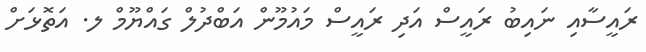
ރައީސާއި ނައިބު ރައީސް އަދި ރައީސް މައުމޫން އަބްދުލް ގައްޔޫމް ލ. އަތޮޅަށް